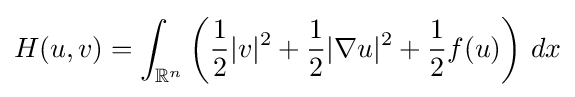
H(u,v)=\int _{\mathbb {R} ^{n}}\left({\frac {1}{2}}|v|^{2}+{\frac {1}{2}}|\nabla u|^{2}+{\frac {1}{2}}f(u)\right)\,dx